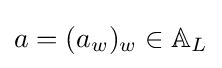
a=(a_{w})_{w}\in \mathbb {A} _{L}